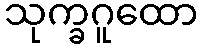
သုက္ခဂူထော